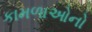
કામળાઓનો